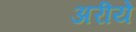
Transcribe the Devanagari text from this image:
अरीये